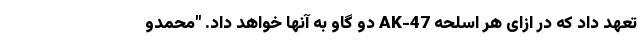
تعهد داد که در ازای هر اسلحه AK-47 دو گاو به آنها خواهد داد. "محمدو